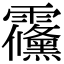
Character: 䨹